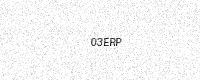
Text: 03ERP